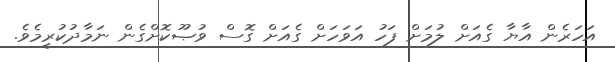
އަހަރެން އާޔާ ގެއަށް ލުމަށް ފަހު އަވަހަށް ގެއަަށް ގޮސް ވުޞޫކޮށްގެން ނަމާދުކުރީމެވެ.